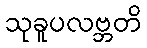
သုခူပလဗ္ဘတိ